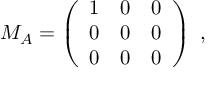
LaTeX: M _ { A } = \left( \begin{array} { c c c } { { 1 } } & { { 0 } } & { { 0 } } \\ { { 0 } } & { { 0 } } & { { 0 } } \\ { { 0 } } & { { 0 } } & { { 0 } } \end{array} \right) ~ ,